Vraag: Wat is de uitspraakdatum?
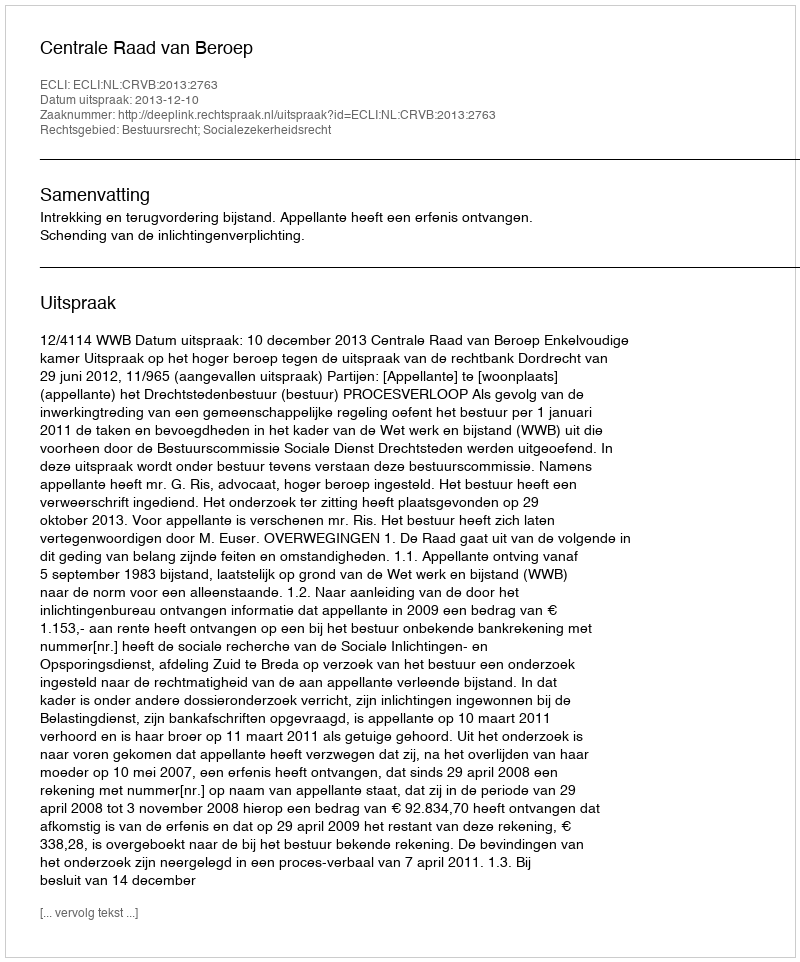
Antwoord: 2013-12-10